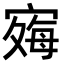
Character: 𪧞